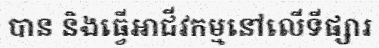
បាន និងធ្វើអាជីវកម្មនៅលើទីផ្សារ